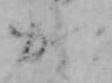
か